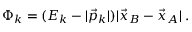
\Phi _ { k } = ( E _ { k } - | \vec { p } _ { k } | ) | \vec { x } _ { B } - \vec { x } _ { A } | \; .